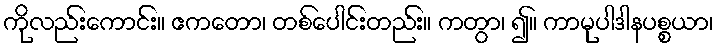
ကိုလည်းကောင်း။ ဧကတော၊ တစ်ပေါင်းတည်း။ ကတွာ၊ ၍။ ကာမုပါဒါနပစ္စယာ၊